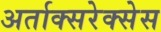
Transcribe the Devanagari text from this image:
अर्ताक्सरेक्सेस